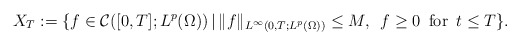
\begin{align*}X_{T}:=\{f\in\mathcal{C}([0,T];L^{p}(\Omega))\,|\, \|f\|_{L^{\infty}(0,T;L^{p}(\Omega))}\le M,\,\,\,f\ge0 \,\mbox{ for }\,t\le T\}.\end{align*}